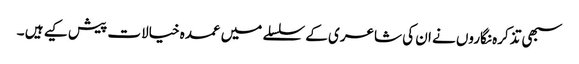
سبھی تذکرہ نگاروں نے ان کی شاعری کے سلسلے میں عمدہ خیالات پیش کیے ہیں ۔